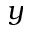
y